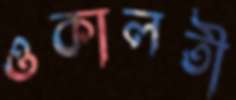
ওকালতী